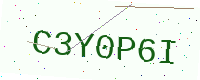
Text: C3Y0P6I